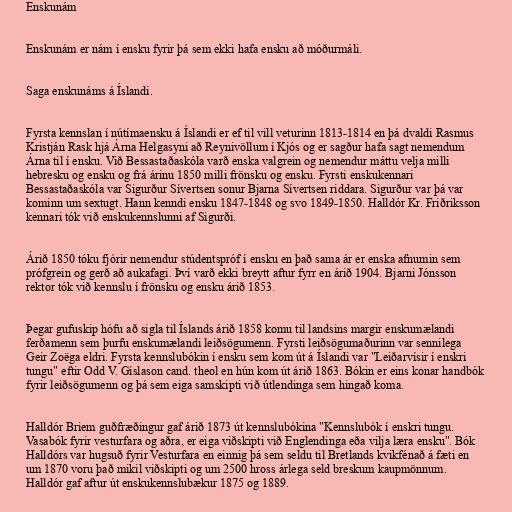
Enskunám

Enskunám er nám í ensku fyrir þá sem ekki hafa ensku að móðurmáli.

Saga enskunáms á Íslandi.

Fyrsta kennslan í nútímaensku á Íslandi er ef til vill veturinn 1813-1814 en þá dvaldi Rasmus
Kristján Rask hjá Árna Helgasyni að Reynivöllum í Kjós og er sagður hafa sagt nemendum
Árna til í ensku. Við Bessastaðaskóla varð enska valgrein og nemendur máttu velja milli
hebresku og ensku og frá árinu 1850 milli frönsku og ensku. Fyrsti enskukennari
Bessastaðaskóla var Sigurður Sívertsen sonur Bjarna Sívertsen riddara. Sigurður var þá var
kominn um sextugt. Hann kenndi ensku 1847-1848 og svo 1849-1850. Halldór Kr. Friðriksson
kennari tók við enskukennslunni af Sigurði.

Árið 1850 tóku fjórir nemendur stúdentspróf í ensku en það sama ár er enska afnumin sem
prófgrein og gerð að aukafagi. Því varð ekki breytt aftur fyrr en árið 1904. Bjarni Jónsson
rektor tók við kennslu í frönsku og ensku árið 1853.

Þegar gufuskip hófu að sigla til Íslands árið 1858 komu til landsins margir enskumælandi
ferðamenn sem þurfu enskumælandi leiðsögumenn. Fyrsti leiðsögumaðurinn var sennilega
Geir Zoëga eldri. Fyrsta kennslubókin í ensku sem kom út á Íslandi var "Leiðarvísir í enskri
tungu" eftir Odd V. Gíslason cand. theol en hún kom út árið 1863. Bókin er eins konar handbók
fyrir leiðsögumenn og þá sem eiga samskipti við útlendinga sem hingað koma.

Halldór Briem guðfræðingur gaf árið 1873 út kennslubókina "Kennslubók í enskri tungu.
Vasabók fyrir vesturfara og aðra, er eiga viðskipti við Englendinga eða vilja læra ensku". Bók
Halldórs var hugsuð fyrir Vesturfara en einnig þá sem seldu til Bretlands kvikfénað á fæti en
um 1870 voru það mikil viðskipti og um 2500 hross árlega seld breskum kaupmönnum.
Halldór gaf aftur út enskukennslubækur 1875 og 1889.